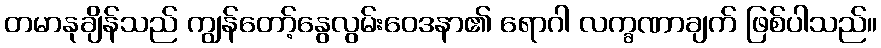
တမာနုချိန်သည် ကျွန်တော့်နွေလွမ်းဝေဒနာ၏ ရောဂါ လက္ခဏာချက် ဖြစ်ပါသည်။